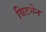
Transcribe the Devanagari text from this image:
विटमेन